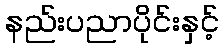
နည်းပညာပိုင်းနှင့်